Leaving Certificate Examination, 1908
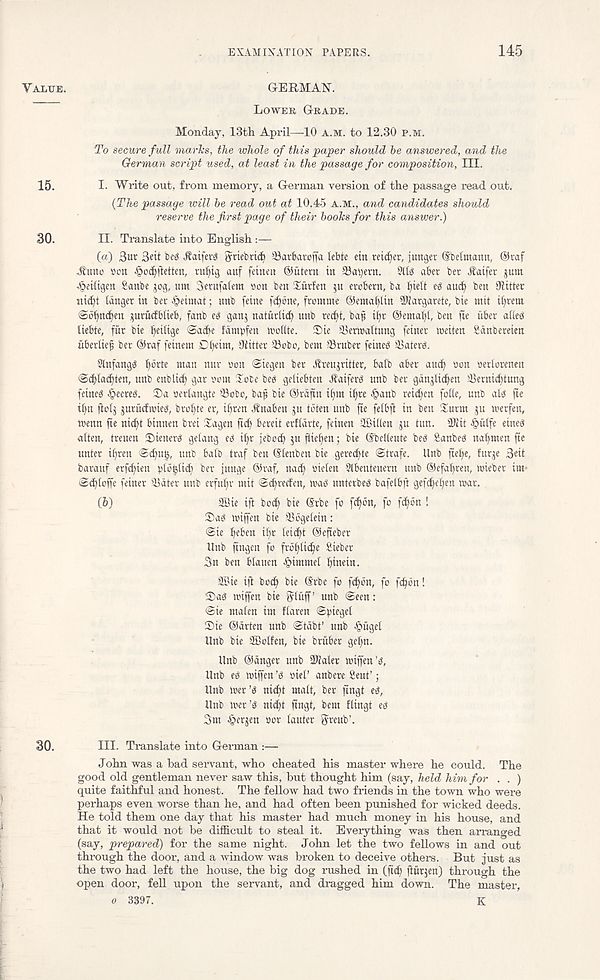
EXAMINATION PAPERS.
145
VALUE.
GERMAN.
LOWEK GRADE.
Monday, 13th April—10 A.M. to 12.30 P.M.
To secure full marks, the whole of this paper should he answered, and the
German script used, at least in the passage for composition. III.
15.
I- Write out, from memory, a German version of the passage read out.
(The passage will be read out at 10.45 A.M., and candidates should
reserve the first page of their hooks for this answer.)
30.
II. Translate into English:—
(а) 3«r 3ett beg Jtaifei-g guebrict Sarbawffa lebte ein reiser, junger (Sbelmann, ®raf
Aimo son Soc^ftetten, ru^ig auf fetnen @utern in SSatyent. 9llg aber ber .Satfet junt
^beiltgen Sanbe jog, urn 3erufa(ent son ben Xurfen ju evobern, ba Iiiett eg aucf^ ben OKtter
nid)t langer in ber Jpetmat; nnb feine fc^bne, fromme ©ema^Itn Wargarete, bie mit it)rem
<Sb()n(^en ^urucfblieb, fanb eg gan$ natuctid) unb rec^t, baf il)r ©entail, ben fte iiber aheg
liebte, fiir bie fyeitige Sacte fdmpfen tsoflte. Die aSemaltung feinev toeiten Sdnbeveien
iiberdeg ber @raf feinem DI)eim, 'Jiitter 33obo, bent Sruber feineg SSaterg.
Slnfangg ^drte nun nur son Siegen ber jtrenjritter, batb aber and) son sertorenen
©cbladjten, unb enbltd) gar som Sobe beg geliebten ^aiferg unb ber gdnjli^en ®ernicbtung
feineg ^eereg. ®a scrtangte ’Bobo, bap bte @rdfin tf;m i§re §anb retd^en fotte, unb alg (te
il)tt jlolj juriidtoieg, brofyte er, ibren .Rnaben gu tdten unb fte felbfl in ben Surnt gu tserfen,
tsenn fte md)t btnnen bret Sagen ftcb bereit erhdrte, feinen 2fiil(en ju tun. SKit ^iilfe etneg
alten, treuen Sienerg getang eg tbr jebod) gu flteben; bie (Sbelleute beg Sanbeg nafinten fte
unter i^ren $d)ug, unb bale traf ben Steuben bie gered)te Strafe. Unb ftelfe, furge 3eit
barauf erfeften stbbUcb ber funge @raf, nad) sieten Slbenteuern unb ©efafren, tuiebev itn*
Scbtoffe fetner ’Bdter unb erfubr mit S^reden, tsag unterbeg bafetbft gefd)eben tsar.
(б)
SBte ift both bie Srbe fo f^bn, fo f^dn !
Sag tsiffen bie ’Bdgelein:
Sie b^ben ibr teiebt ©efieber
Unb ftngen fo frbbticbe Siebet
3n ben btauen fMmmet binein.
20ie ift bocb bie (S'rbe fo f<bbn, fo febdn!
Sag tsiffen bie gtiiff ’ unb Seen:
Sie ntaten int ftaren Spiegel
Sie ©drten unb Stdbt’ unb ftiiget
Unb bte SBolfen, bie brtiber gebn.
Unb ©anger unb SUfaler tsiffen ’g,
Unb eg tsiffen ’g sief anbere Sent’;
Unb tser’g niebt matt, ber fingt eg,
Unb tser’g niebt ftngt, bent flingt eg
3m Bergen sor tauter fyreub’.
30.
HI. Translate into German :—
John was a bad servant, who cheated his master where he could. The
good old gentleman never saw this, but thought him (say, held him for . . )
quite faithful and honest. The fellow had two friends in the town who were
perhaps even worse than he, and had often been punished for wicked deeds.
He told them one day that his master had much money in his house, and
that it would not be difficult to steal it. Everything was then arranged
(say, prepared) for the same night. John let the two fellows in and out
through the door, and a window was broken to deceive others. But just as
the two had left the house, the big dog rushed in (fidf fturgen) through the
open door, fell upon the servant, and dragged him down. The master,
o 3397.
K